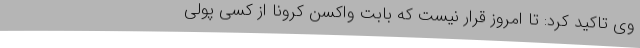
وی تاکید کرد: تا امروز قرار نیست که بابت واکسن کرونا از کسی پولی